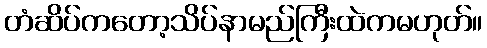
တံဆိပ်ကတော့သိပ်နာမည်ကြီးထဲကမဟုတ်။